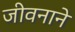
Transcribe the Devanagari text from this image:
जीवनाने